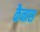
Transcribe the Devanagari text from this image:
कैनास